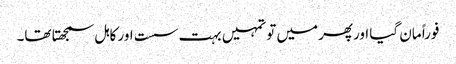
فوراً مان گیا اورپھر میں تو تمہیں بہت سست اور کاہل سمجھتا تھا۔